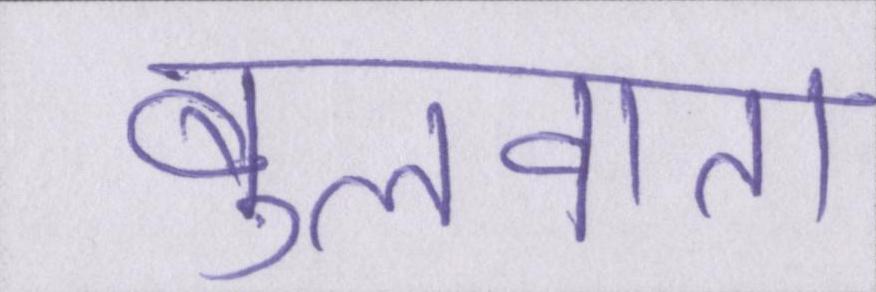
बुलवाता